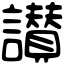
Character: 讃